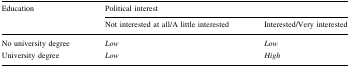
| <ROWSPAN=2> Education | <COLSPAN=2> Political interest |
 | Not interested at all/A little interested | Interested/Very interested |
 | --- | --- | --- |
 | No university degree | Low | Low |
 | University degree | Low | High |